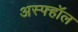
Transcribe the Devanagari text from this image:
अस्फ्हॉल